Code of medical and sanitary regulations for the guidance of medical officers serving in the Madras Presidency - Volume II
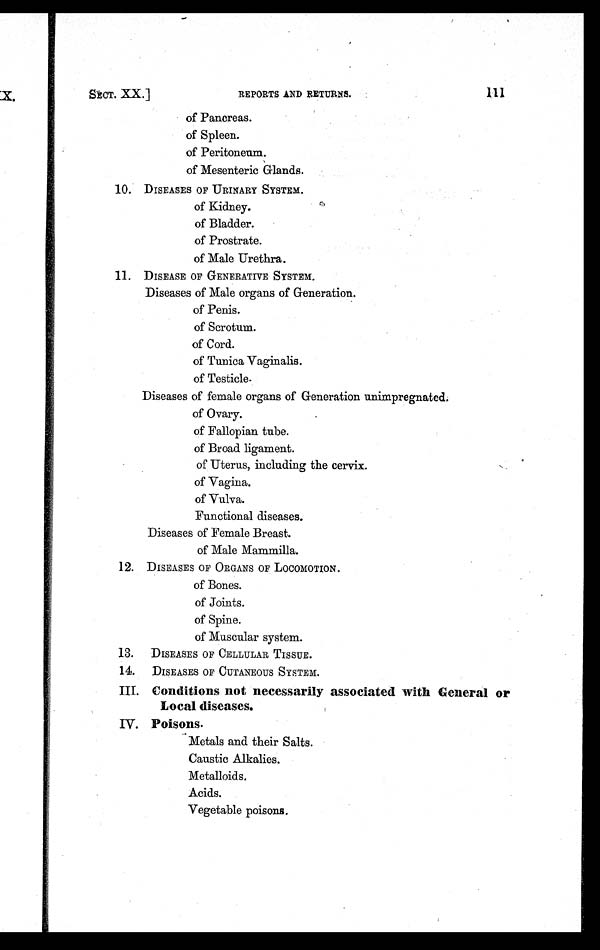
SECT. XX.]
REPORTS AND RETURNS.
111
of Pancreas.
of Spleen.
of Peritoneum.
of Mesenteric Glands.
10. DISEASES OF URINARY SYSTEM.
of Kidney.
of Bladder.
of Prostrate.
of Male Urethra.
11. DISEASE OF GENERATIVE SYSTEM.
Diseases of Male organs of Generation.
of Penis.
of Scrotum.
of Cord.
of Tunica Vaginalis.
of Testicle.
Diseases of female organs of Generation unimpregnated.
of Ovary.
of Fallopian tube.
of Broad ligament.
of Uterus, including the cervix.
of Vagina.
of Vulva.
Functional diseases.
Diseases of Female Breast.
of Male Mammilla.
12. DISEASES OF ORGANS OF LOCOMOTION.
of Bones.
of Joints.
of Spine.
of Muscular system.
13. DISEASES OF CELLULAR TISSUE.
14. DISEASES OF CUTANEOUS SYSTEM.
III. Conditions not necessarily associated with General or
Local diseases.
IV. Poisons.
Metals and their Salts.
Caustic Alkalies.
Metalloids.
Acids.
Vegetable poisons.